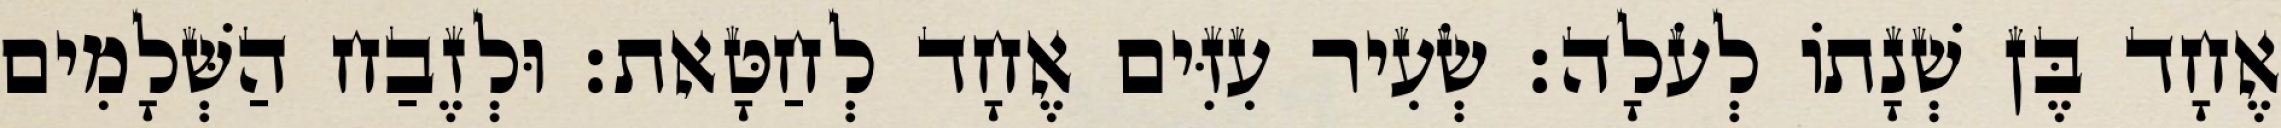
אֶחָד בֶּן שְׁנָתוֹ לְעֹלָה׃ שְׂעִיר עִזִּים אֶחָד לְחַטָּאת׃ וּלְזֶבַח הַשְּׁלָמִים